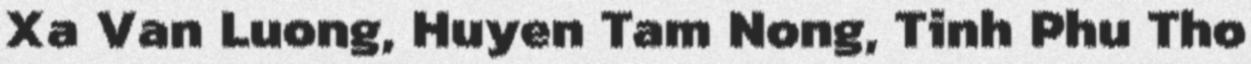
Xa Van Luong, Huyen Tam Nong, Tinh Phu Tho